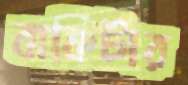
বাকিটার